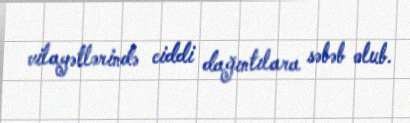
vilayətlərində ciddi dağıntılara səbəb olub.